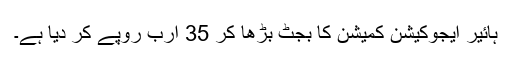
ہائیر ایجوکیشن کمیشن کا بجٹ بڑھا کر 35 ارب روپے کر دیا ہے۔